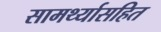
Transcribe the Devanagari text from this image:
सामर्थ्यासहित